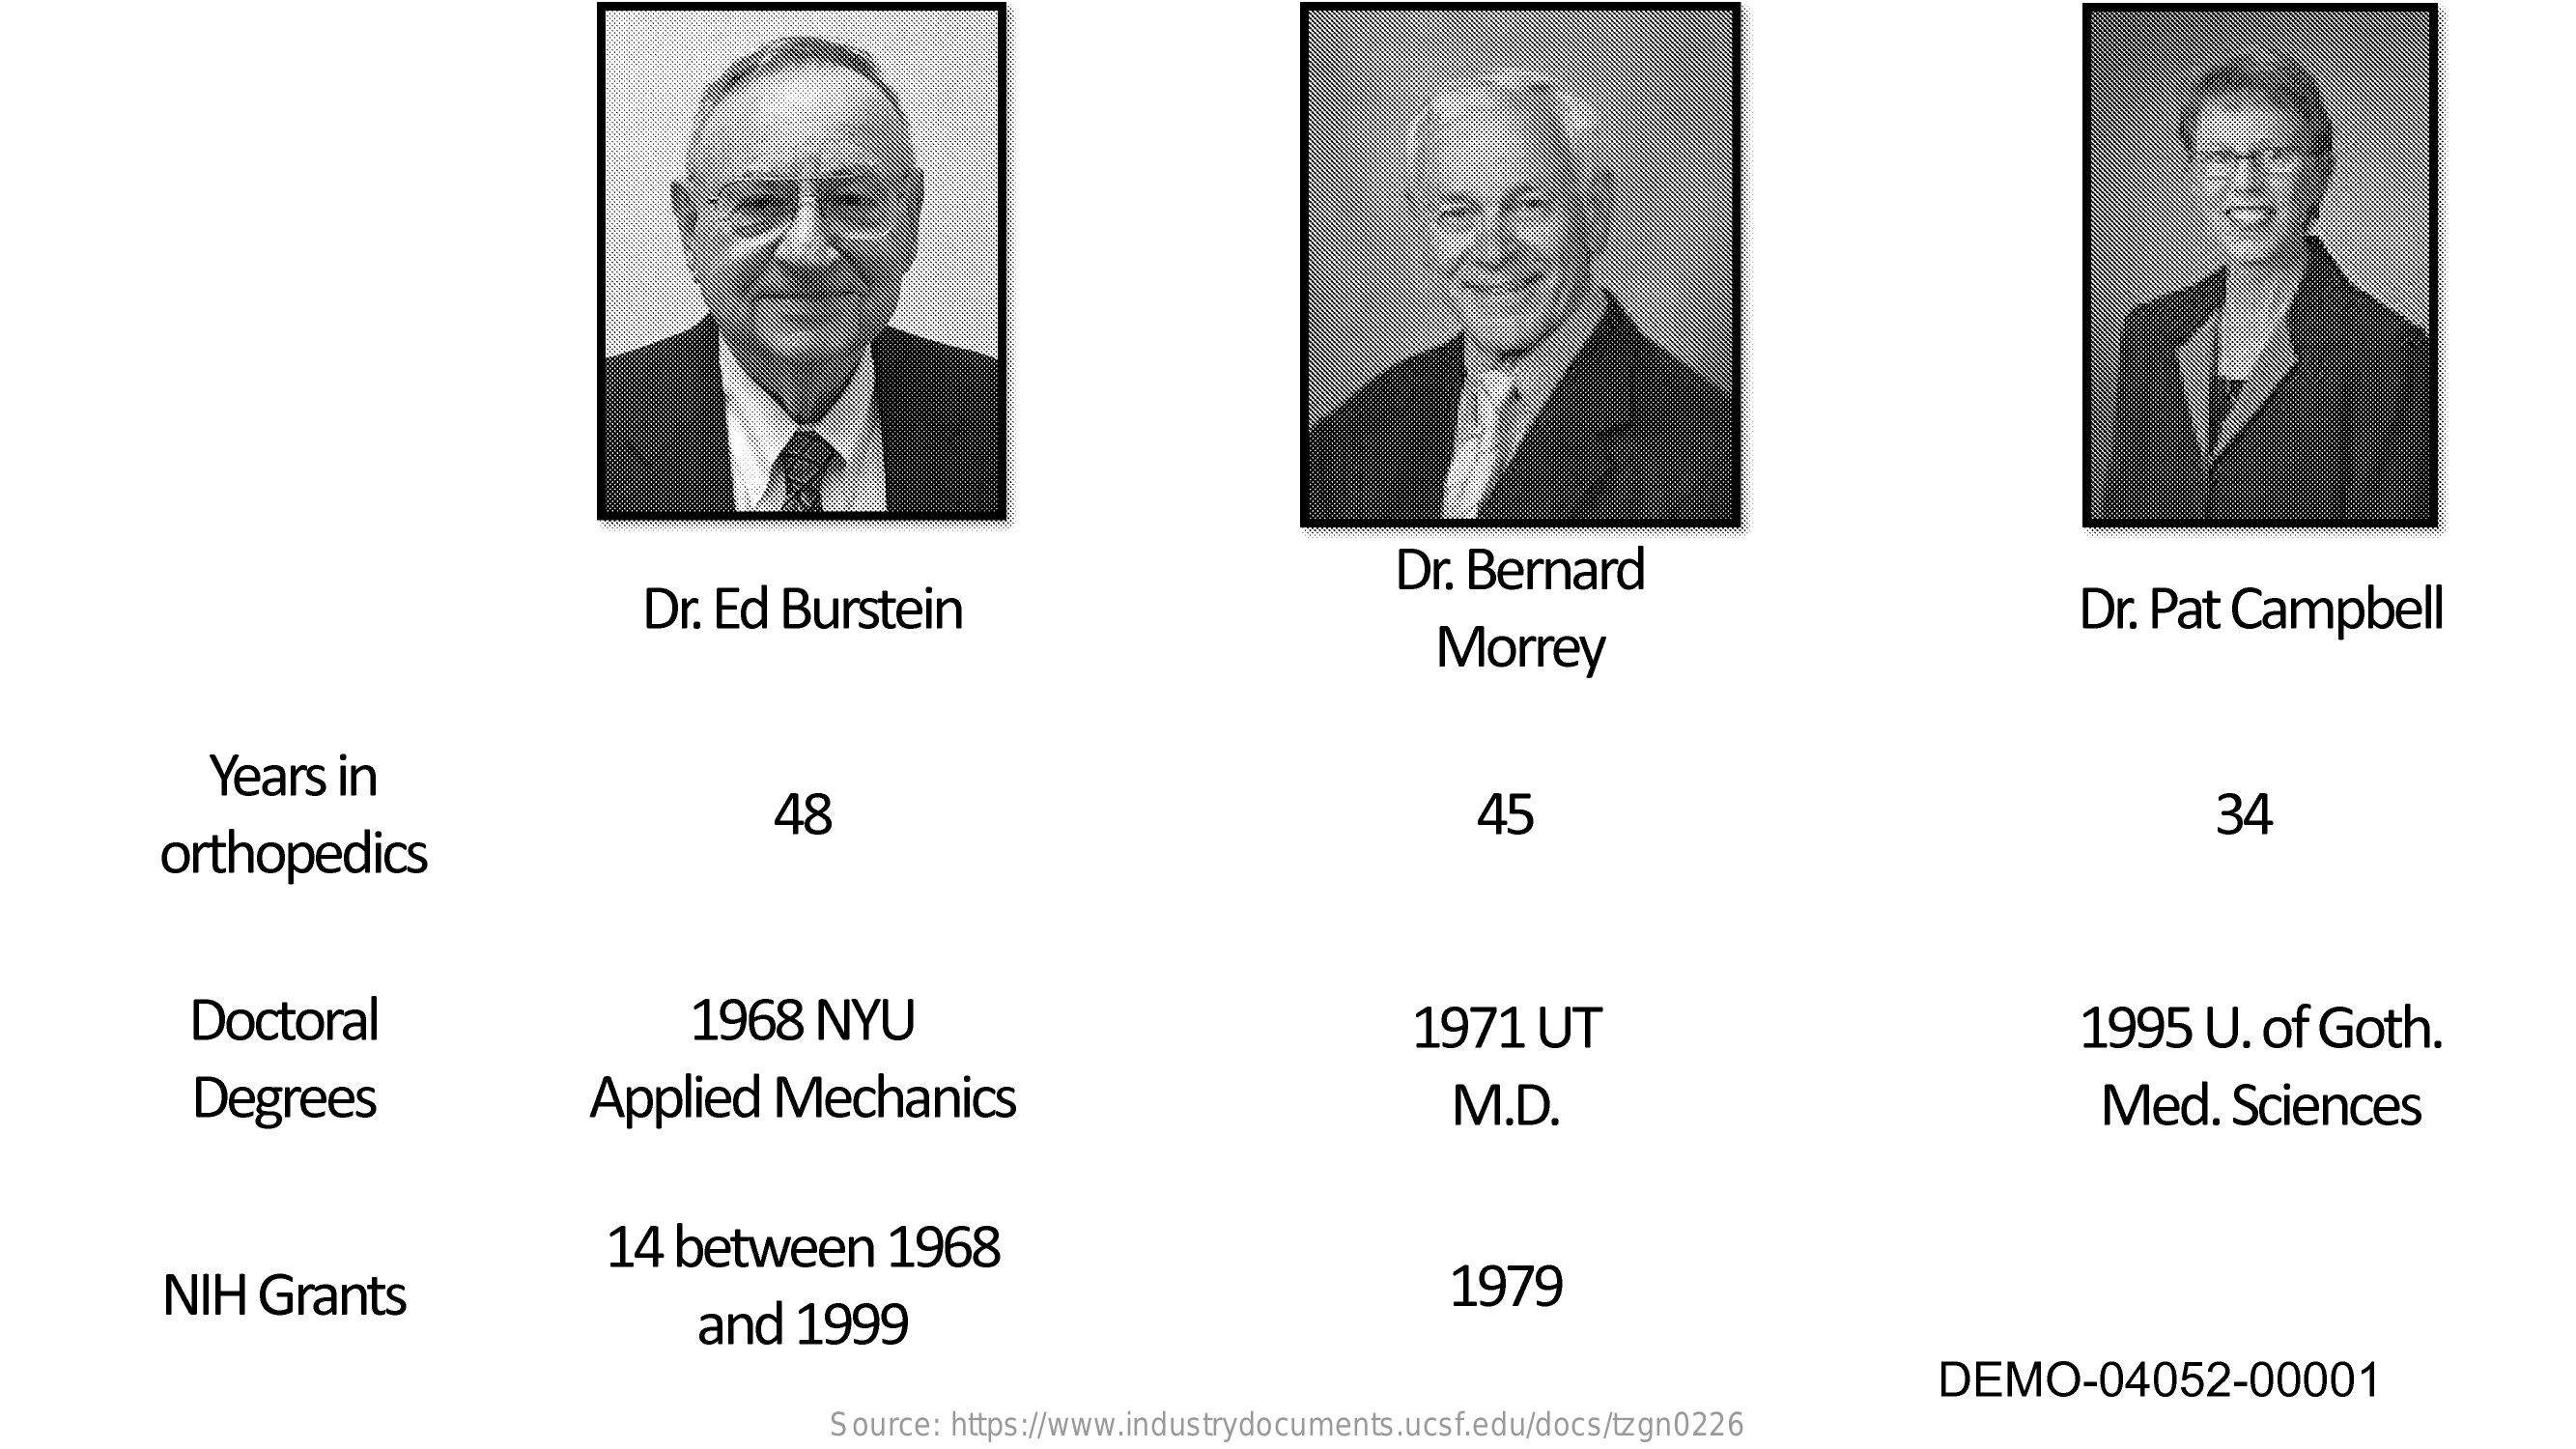
Dr. Ed   Burstein
     Dr. Bernard
     Morrey
     Dr. Pat  Campbell
     Years   in
     orthopedics
     48    45    34
     Doctoral    1968    NYU    1971   UT    1995   U.  of  Goth.
     Degrees    Applied    Mechanics    M.D.    Med.    Sciences
     NIH   Grants
     14  between    1968
     and    1999
     1979
     DEMO-04052-00001
     Source: https://www.industrydocuments.ucsf.edu/docs/tzgn0226